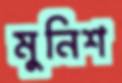
মুনিশ